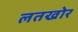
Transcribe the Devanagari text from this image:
लतखोर